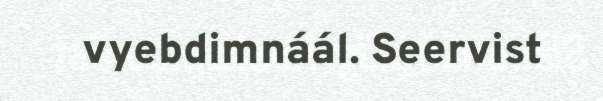
vyebdimnáál. Seervist